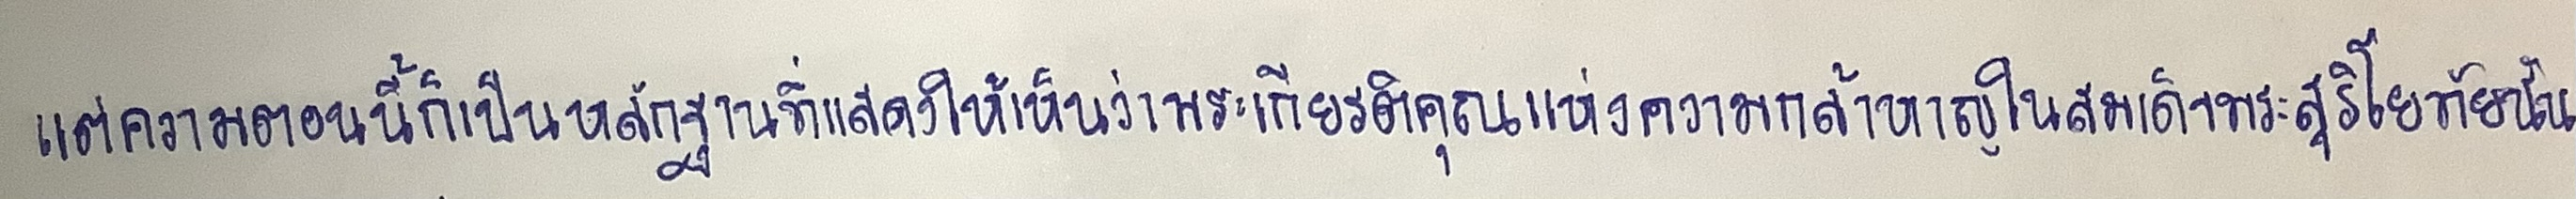
แต่ความตอนนี้ก็เป็นหลักฐานที่แสดงให้เห็นว่าพระเกียรติคุณแห่งความกล้าหาญในสมเด็จพระสุริโยทัยนั้น